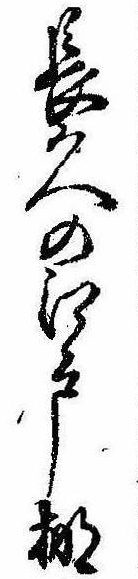
長久の江戸棚